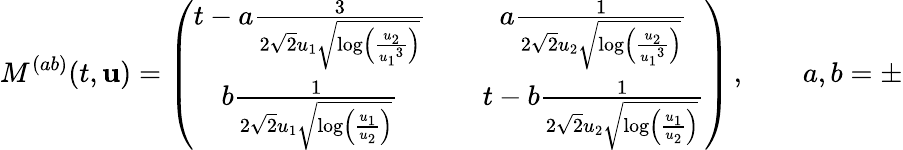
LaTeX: M^{(ab)}(t,{\mathbf{u}})=\left(\begin{array}{ccc}{t-a\frac{3}{2\sqrt{2}{u_{1}}\sqrt{\log\left(\frac{{u_{2}}}{{u_{1}}^{3}}\right)}}}&&{a\frac{1}{2\sqrt{2}{u_{2}}\sqrt{\log\left(\frac{{u_{2}}}{{u_{1}}^{3}}\right)}}}\\ {b\frac{1}{2\sqrt{2}{u_{1}}\sqrt{\log\left(\frac{{u_{1}}}{{u_{2}}}\right)}}}&&{t-b\frac{1}{2\sqrt{2}{u_{2}}\sqrt{\log\left(\frac{{u_{1}}}{{u_{2}}}\right)}}}\end{array}\right)\, ,\qquad a,b=\pm